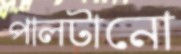
পালটানো